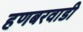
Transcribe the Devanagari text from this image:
हणबरवाडी